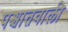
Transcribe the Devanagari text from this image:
पश्चातवाली